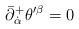
LaTeX: \begin{align*}\bar{\partial}^{+}_{\dot{\alpha}}\theta^{\prime}{}^{\beta}=0\end{align*}